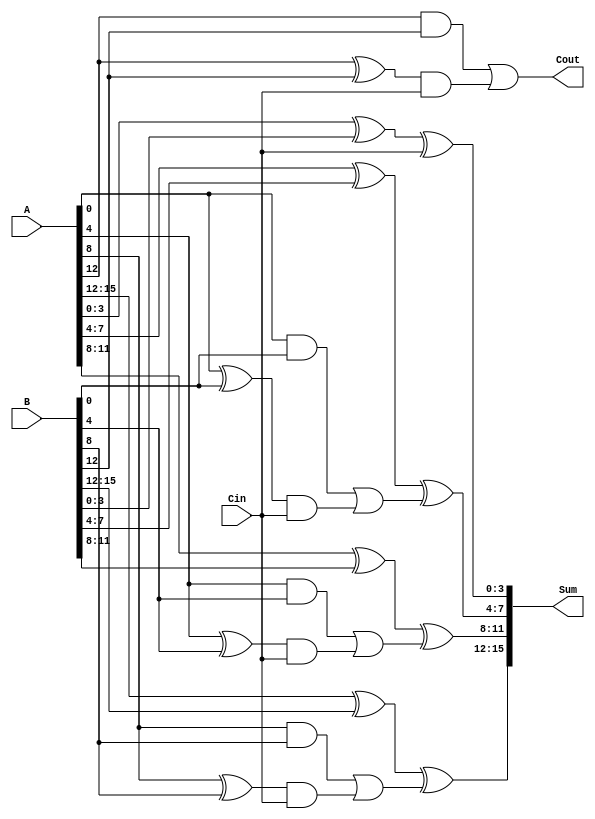
module Han_Carlson_Adder #(parameter N = 16, // Input bit-width
                            parameter M = 4)  // Block size
(
    input [N-1:0] A,    // First n-bit input
    input [N-1:0] B,    // Second n-bit input
    input Cin,          // Carry-in signal
    output [N-1:0] Sum, // Sum output
    output Cout         // Carry-out signal
);

// Number of blocks
localparam NUM_BLOCKS = N / M;

// Internal wires for carry-out from each block
wire [NUM_BLOCKS:0] carry_out;
wire [NUM_BLOCKS-1:0] carry_gen[0:M]; // carry generation logic outputs for each block

// Generate carry and sum for each block
genvar i;
generate
    for (i = 0; i < NUM_BLOCKS; i = i + 1) begin : BLOCK_GEN
        wire [M-1:0] A_block = A[(i+1)*M-1:i*M];
        wire [M-1:0] B_block = B[(i+1)*M-1:i*M];

        // Calculate carry generation
        assign carry_gen[i][0] = A_block[0] & B_block[0]; // C0 for current block
        assign carry_gen[i][1] = (A_block[0] ^ B_block[0]) & Cin; // carry with Cin

        // Generate carry-out for the block
        assign carry_out[i+1] = carry_gen[i][0] | carry_gen[i][1];

        // Calculate sum for the block
        assign Sum[(i+1)*M-1:i*M] = A_block ^ B_block ^ carry_out[i];

    end
endgenerate

// Final carry-out
assign Cout = carry_out[NUM_BLOCKS];

// Initialize carry-in for the first block
assign carry_out[0] = Cin;

endmodule